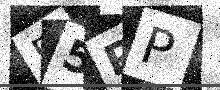
Text: 55PP